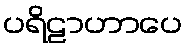
ပရိဠာဟာပေ